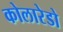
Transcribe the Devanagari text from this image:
कोलारेडो